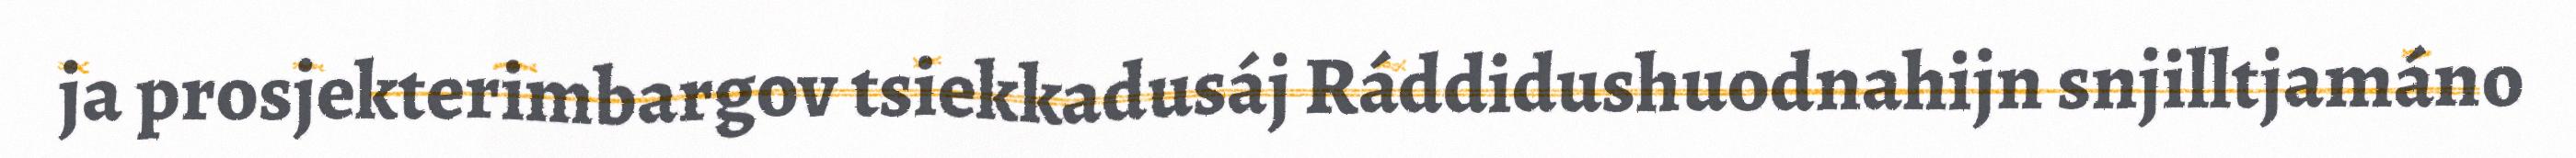
ja prosjekterimbargov tsiekkadusáj Ráddidushuodnahijn snjilltjamáno